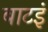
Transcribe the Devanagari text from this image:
बाटइं